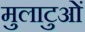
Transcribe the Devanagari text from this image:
मुलाटुओं